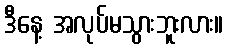
ဒီနေ့ အလုပ်မသွားဘူးလား။